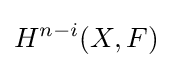
H^{n-i}(X,F)